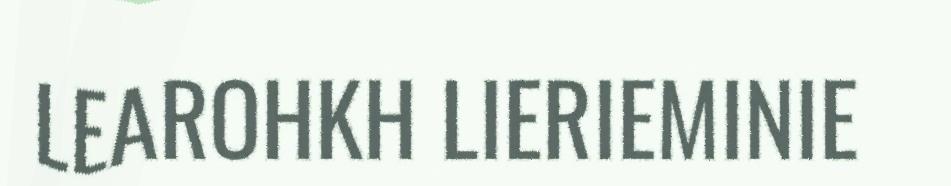
LEAROHKH LIERIEMINIE